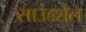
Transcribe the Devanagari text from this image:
साउंडशेल